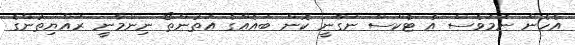
އެހެން ނަމަވެސް އެ ޓެކްސް ނަގާނީ ކޮން ބައެއްގެ އަތުންތޯ ނިންމާނީ ރައްޔިތުންގެ